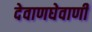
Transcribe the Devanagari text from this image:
देवाणघेवाणी